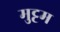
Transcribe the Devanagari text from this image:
मुट्टम